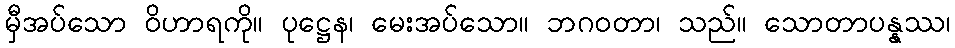
မှီအပ်သော ဝိဟာရကို။ ပုဋ္ဌေန၊ မေးအပ်သော။ ဘဂဝတာ၊ သည်။ သောတာပန္နဿ၊